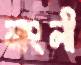
নাংলী